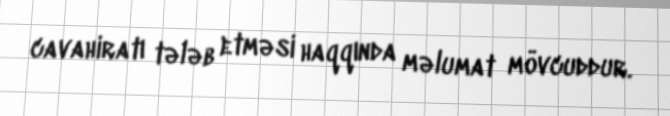
cavahiratı tələb etməsi haqqında məlumat mövcuddur.